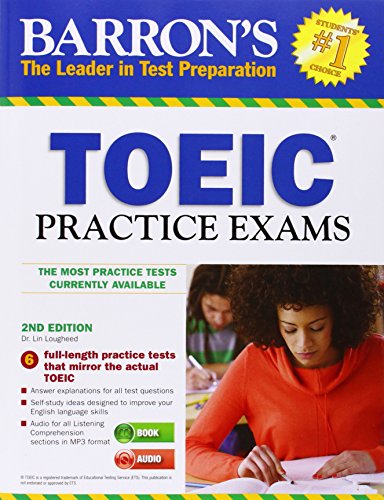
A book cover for Barron's TOEIC Practice Exams with MP3 CD, 2nd Edition; Dr. Lin Lougheed; Test Preparation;